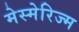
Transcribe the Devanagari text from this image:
मेस्मेरिज्म